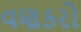
વણકરો